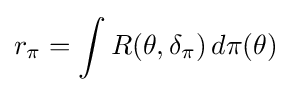
r_{\pi }=\int R(\theta ,\delta _{\pi })\,d\pi (\theta )